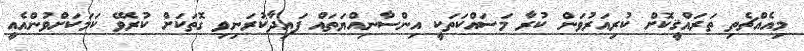
މިއެއްޗެތި ތަރައްޤީކޮށް ކުރިއަރުވަން ކުރާ މަސައްކަތަކީ އިންސާނިއްޔަތައް ފައިދާކުރަނިވި ގޮތަކަށް ކުރެވޭ ކަމަކަށްވުންއެއީ